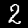
Digit: 2